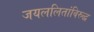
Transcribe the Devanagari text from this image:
जयललितांविरुद्ध